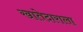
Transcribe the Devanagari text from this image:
खातेदाराला